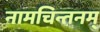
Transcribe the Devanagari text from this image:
नामचिन्तनम्